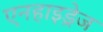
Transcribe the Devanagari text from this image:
एनहाइड्रेज